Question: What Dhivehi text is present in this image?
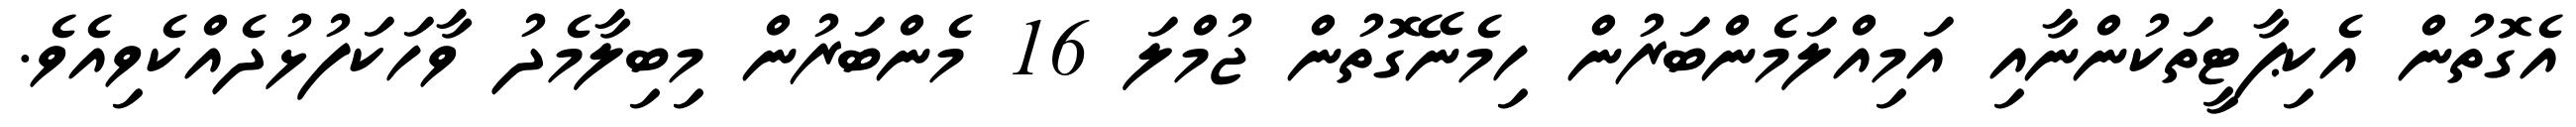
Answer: އެގޮތުން އެކިޕާޓީތަކުންނާއި އަމިއްލަމެންބަރުން ހިމެނޭގޮތުން ޖުމްލަ 16 މެންބަރުން މިބިލާމެދު ވާހަކަފުޅުދެއްކެވިއެވެ.